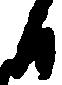
日